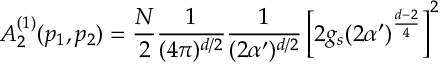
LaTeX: A _ { 2 } ^ { ( 1 ) } ( p _ { 1 } , p _ { 2 } ) = \frac { N } { 2 } \frac { 1 } { ( 4 \pi ) ^ { d / 2 } } \frac { 1 } { ( 2 \alpha ^ { \prime } ) ^ { d / 2 } } \left[ 2 g _ { s } ( 2 \alpha ^ { \prime } ) ^ { \frac { d - 2 } { 4 } } \right] ^ { 2 }